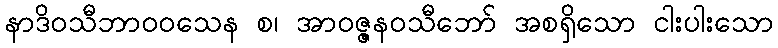
နာဒိဝသီဘာဝဝသေန စ၊ အာဝဇ္ဇနဝသီဘော် အစရှိသော ငါးပါးသော